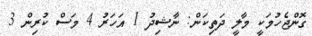
ގޮންޖެހުމަކީ މާލީ ދަތިކަން: ނާޝިދު 1 އަހަރު 4 މަސް ކުރިން 3